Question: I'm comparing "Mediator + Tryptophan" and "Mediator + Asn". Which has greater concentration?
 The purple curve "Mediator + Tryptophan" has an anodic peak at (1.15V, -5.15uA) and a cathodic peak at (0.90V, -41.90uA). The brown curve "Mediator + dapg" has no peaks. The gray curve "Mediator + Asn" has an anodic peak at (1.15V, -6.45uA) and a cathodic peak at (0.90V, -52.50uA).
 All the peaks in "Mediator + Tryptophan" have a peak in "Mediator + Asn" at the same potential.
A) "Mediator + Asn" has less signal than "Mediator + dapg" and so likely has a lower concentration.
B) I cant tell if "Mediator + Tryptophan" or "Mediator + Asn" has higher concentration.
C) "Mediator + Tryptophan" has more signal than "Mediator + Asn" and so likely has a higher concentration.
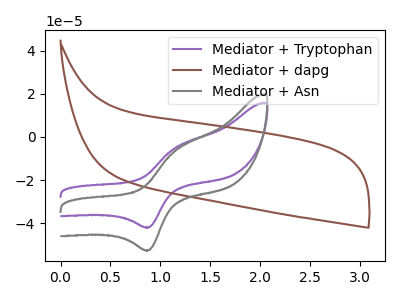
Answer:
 <answer>B) I cant tell if "Mediator + Tryptophan" or "Mediator + Asn" has higher concentration.</answer>
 <eval>B</eval>